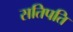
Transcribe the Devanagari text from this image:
सतिपति